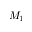
M _ { 1 }